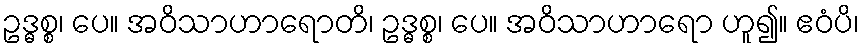
ဥဒ္ဓစ္စ၊ ပေ။ အဝိသာဟာရောတိ၊ ဥဒ္ဓစ္စ၊ ပေ။ အဝိသာဟာရော ဟူ၍။ ဧဝံပိ၊